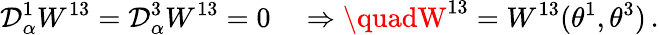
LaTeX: \mathcal{D}_{\alpha}^{1}W^{13}=\mathcal{D}_{\alpha}^{3}W^{13}=0\quad\Rightarrow\quadW^{13}=W^{13}(\theta^{1},\theta^{3})\, .